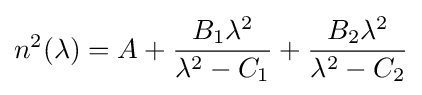
n^{2}(\lambda )=A+{\frac {B_{1}\lambda ^{2}}{\lambda ^{2}-C_{1}}}+{\frac {B_{2}\lambda ^{2}}{\lambda ^{2}-C_{2}}}